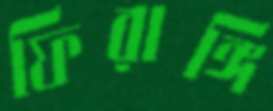
ফিরাঙ্গি